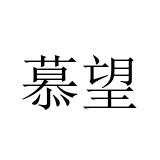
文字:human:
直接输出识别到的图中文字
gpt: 慕望